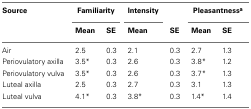
<table><thead><tr><td><b>Source</b></td><td colspan="2"><b>Familiarity</b></td><td><b>Intensity</b></td><td></td><td colspan="2"><b>Pleasantness<sup>a</sup></b></td></tr><tr><td></td><td><b>Mean</b></td><td><b>SE</b></td><td><b>Mean</b></td><td><b>SE</b></td><td><b>Mean</b></td><td><b>SE</b></td></tr></thead><tbody><tr><td>Air</td><td>2.5</td><td>0.3</td><td>2.1</td><td>0.3</td><td>2.7</td><td>1.3</td></tr><tr><td>Periovulatory axilla</td><td>3.5*</td><td>0.3</td><td>2.6</td><td>0.3</td><td>3.8*</td><td>1.2</td></tr><tr><td>Periovulatory vulva</td><td>3.5*</td><td>0.3</td><td>2.6</td><td>0.3</td><td>3.7*</td><td>1.3</td></tr><tr><td>Luteal axilla</td><td>2.5</td><td>0.3</td><td>2.7</td><td>0.3</td><td>3.1</td><td>1.3</td></tr><tr><td>Luteal vulva</td><td>4.1*</td><td>0.3</td><td>3.8*</td><td>0.3</td><td>1.4*</td><td>1.4</td></tr></tbody></table>